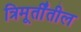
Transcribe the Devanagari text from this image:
त्रिमूर्तींतील